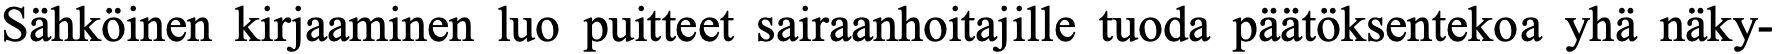
Sähköinen kirjaaminen luo puitteet sairaanhoitajille tuoda päätöksentekoa yhä näky-